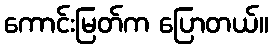
ကောင်းမြတ်က ပြောတယ်။